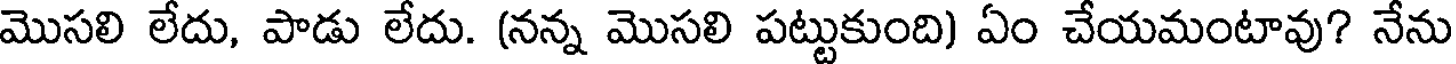
మొసలి లేదు, పాడు లేదు. (నన్న మొసలి పట్టుకుంది) ఏం చేయమంటావు? నేను